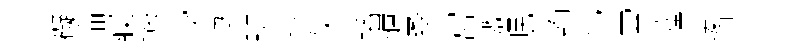
礙侖䆿遏浸梁班墳矢播慷桑宮激眠賄与霄薩凄湏